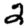
Digit: 2